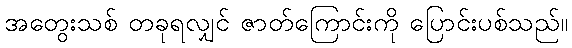
အတွေးသစ် တခုရလျှင် ဇာတ်ကြောင်းကို ပြောင်းပစ်သည်။